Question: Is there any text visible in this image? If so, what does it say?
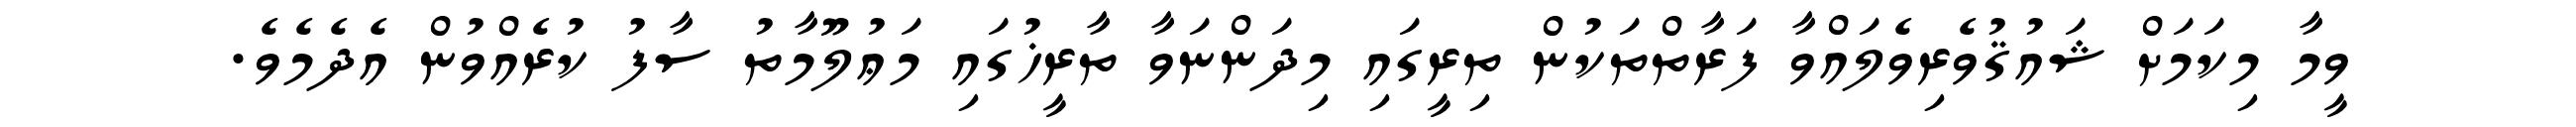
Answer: ވީމާ މިކަމަށް ޝައުޤުވެރިވެލައްވާ ފަރާތްތަކުން ތިރީގައި މިދަންނަވާ ތާރީޚުގައި މަޢުލޫމާތު ސާފު ކުރެއްވުން އެދެމެވެ.